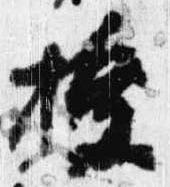
授